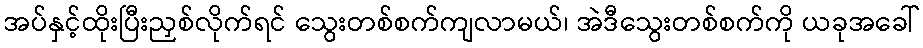
အပ်နှင့်ထိုးပြီးညှစ်လိုက်ရင် သွေးတစ်စက်ကျလာမယ်၊ အဲဒီသွေးတစ်စက်ကို ယခုအခေါ်